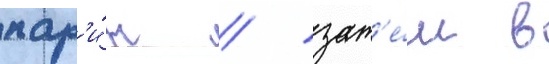
пар'и́ж / зат'е́м в